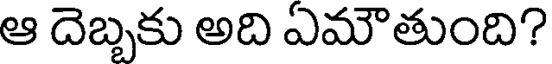
ఆ దెబ్బకు అది ఏమౌతుంది?